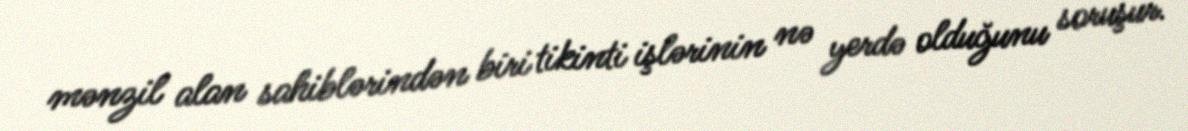
mənzil alan sahiblərindən biri tikinti işlərinin nə yerdə olduğunu soruşur.